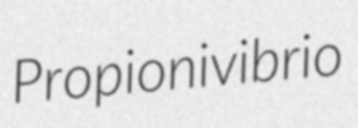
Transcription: Propionivibrio